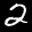
Label: 2